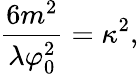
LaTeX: \frac{6m^{2}}{\lambda\varphi_{0}^{2}}=\kappa^{2},